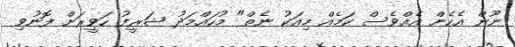
ނޫން އެހެން އެއްވެސް ކަމެއް މިއަކު ނެތް" މުހައްމަދު ޝަރީފު ހަވީރަށް ފޮނުވި